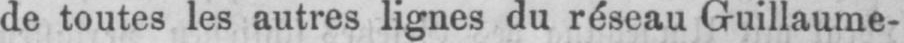
de toutes les autres lignes du réseau Guillaume-